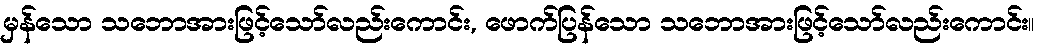
မှန်သော သဘောအားဖြင့်သော်လည်းကောင်း, ဖောက်ပြန်သော သဘောအားဖြင့်သော်လည်းကောင်း။